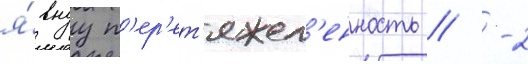
я́внуу п'ер'ет'яжел'енность / -2